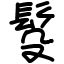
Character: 䯴